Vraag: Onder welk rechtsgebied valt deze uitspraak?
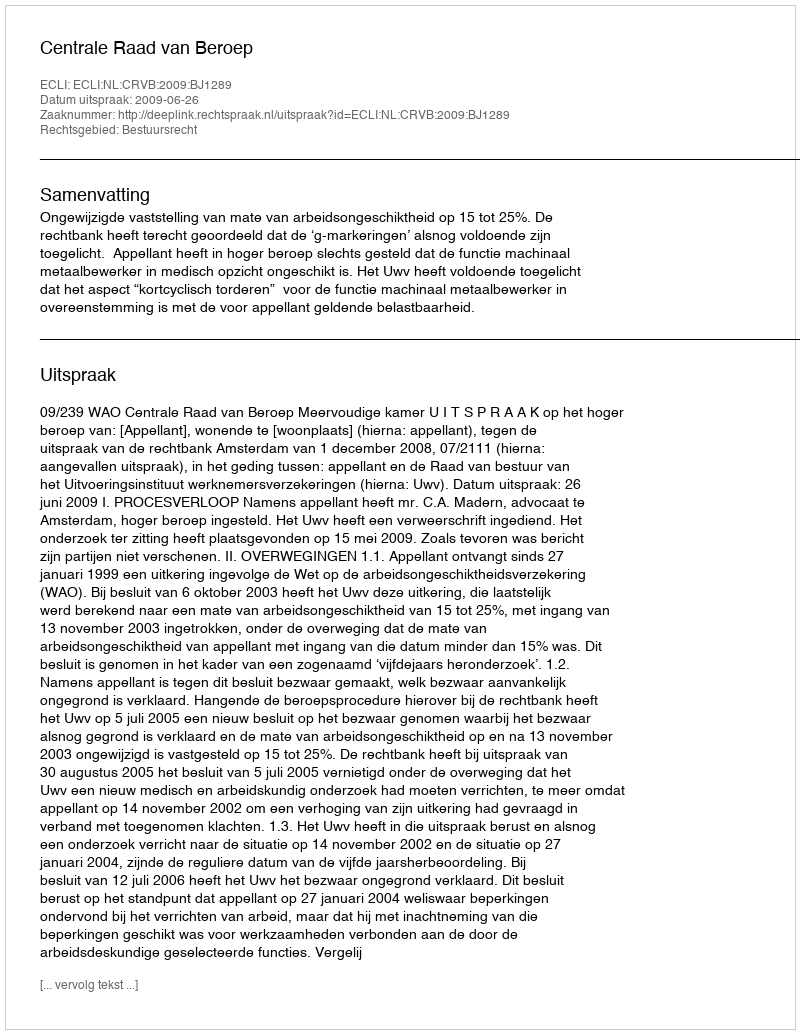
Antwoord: Bestuursrecht